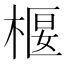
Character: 椻